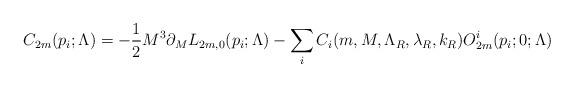
LaTeX: \begin{align*}C_{2m}(p_i;\Lambda)=-{1\over 2}M^3\partial_ML_{2m,0}(p_i;\Lambda)-\sum_iC_i(m,M,\Lambda_R,\lambda_R,k_R)O_{2m}^i(p_i;0;\Lambda)\end{align*}